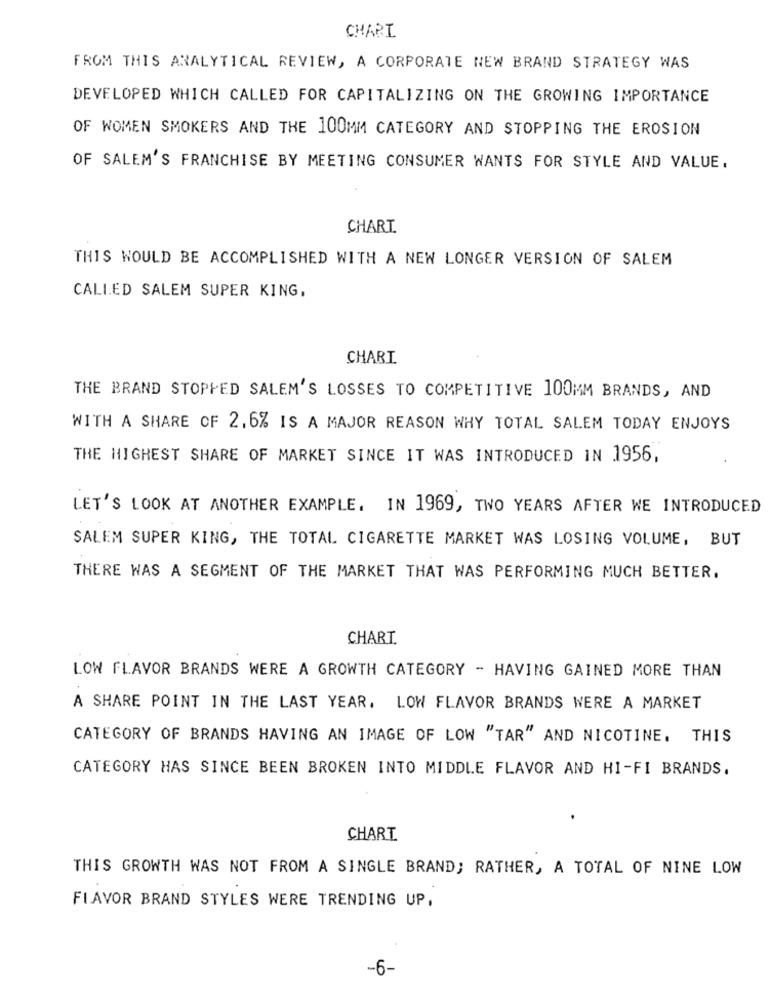
CHARI
FROM THIS ANALYTICAL REVIEW, A CORPORATE NEW BRAND STRATEGY WAS
DEVELOPED WHICH CALLED FOR CAPITALIZING ON THE GROWING IMPORTANCE
OF WOMEN SMOKERS AND THE 100MM CATEGORY AND STOPPING THE EROSION
OF SALEM'S FRANCHISE BY MEETING CONSUMER WANTS FOR STYLE AND VALUE.
CHART
THIS WOULD BE ACCOMPLISHED WITH A NEW LONGER VERSION OF SALEM
CALLED SALEM SUPER KING,
CHART
THE BRAND STOPPED SALEM'S LOSSES TO COMPETITIVE 100MM BRANDS, AND
WITH A SHARE OF 2.6% IS A MAJOR REASON WHY TOTAL SALEM TODAY ENJOYS
THE HIGHEST SHARE OF MARKET SINCE IT WAS INTRODUCED IN 1956,
LET'S LOOK AT ANOTHER EXAMPLE. IN 1969, TWO YEARS AFTER WE INTRODUCED
SALEM SUPER KING, THE TOTAL CIGARETTE MARKET WAS LOSING VOLUME, BUT
THERE WAS A SEGMENT OF THE MARKET THAT WAS PERFORMING MUCH BETTER.
CHART.
LOW FLAVOR BRANDS WERE A GROWTH CATEGORY - HAVING GAINED MORE THAN
A SHARE POINT IN THE LAST YEAR. LOW FLAVOR BRANDS WERE A MARKET
CATEGORY OF BRANDS HAVING AN IMAGE OF LOW "TAR" AND NICOTINE. THIS
CATEGORY HAS SINCE BEEN BROKEN INTO MIDDLE FLAVOR AND HI-FI BRANDS.
CHART.
THIS GROWTH WAS NOT FROM A SINGLE BRAND; RATHER, A TOTAL OF NINE LOW
FLAVOR BRAND STYLES WERE TRENDING UP.
-6-